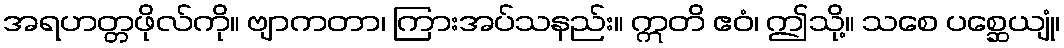
အရဟတ္တဖိုလ်ကို။ ဗျာကတာ၊ ကြားအပ်သနည်း။ ဣတိ ဧဝံ၊ ဤသို့။ သစေ ပစ္ဆေယျုံ၊